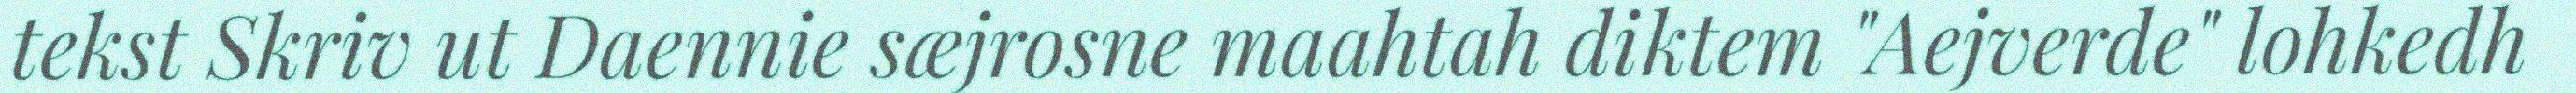
tekst Skriv ut Daennie sæjrosne maahtah diktem "Aejverde" lohkedh